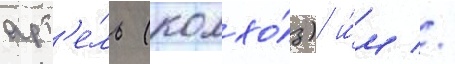
арт'е́ль (колхо́з) и́м //